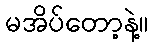
မအိပ်တော့နဲ့။